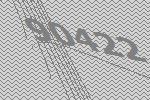
90422